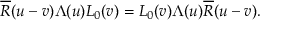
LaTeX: \overline { { R } } ( u - v ) \Lambda ( u ) L _ { 0 } ( v ) = L _ { 0 } ( v ) \Lambda ( u ) \overline { { R } } ( u - v ) .